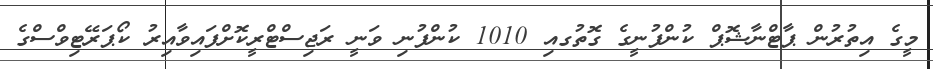
މީގެ އިތުރުން ޕާޓްނާޝޮޕް ކުންފުނީގެ ގޮތުގއި 1010 ކުންފުނި ވަނީ ރަޖިސްޓްރީކޮށްފައިވާއިރު ކޯޕަރޭޓިވްސްގެ